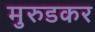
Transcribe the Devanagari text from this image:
मुरुडकर